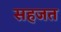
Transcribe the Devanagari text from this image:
सहजत